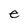
Character: e